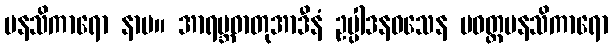
မနသိကာရော နာမ။ အာရမ္ဘဓာတုအာဒီနံ ဥပ္ပါဒနဝသေန ပဝတ္တမနသိကာရော